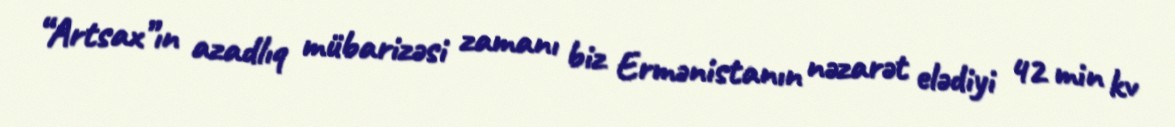
“Artsax”ın azadlıq mübarizəsi zamanı biz Ermənistanın nəzarət elədiyi 42 min kv